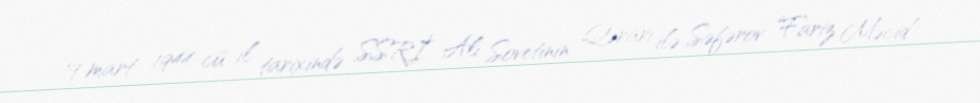
19 mart 1944-cü il tarixində SSRİ Ali Sovetinin Qərarı ilə Səfərov Fariz Məcid